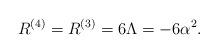
LaTeX: \begin{align*}R^{(4)} = R^{(3)} = 6\Lambda = -6\alpha^2. \end{align*}